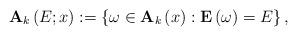
LaTeX: \begin{align*}\mathbf{A}_{k}\left( E;x\right) :=\left\{ \omega\in\mathbf{A}_{k}\left(x\right) :\mathbf{E}\left( \omega\right) =E\right\} ,\end{align*}